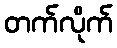
တက်လိုက်